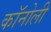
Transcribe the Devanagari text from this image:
कॉनोली